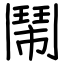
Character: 鬧